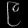
Digit: ၉